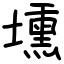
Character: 壎